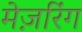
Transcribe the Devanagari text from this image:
मेज़रिंग